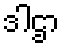
ဒါဌာ